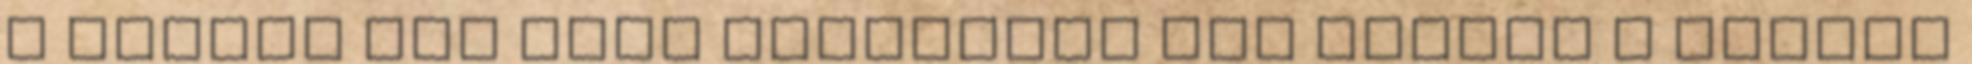
a status quo csak látszólag áll helyre a részek